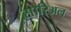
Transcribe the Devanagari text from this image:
सोरिअल